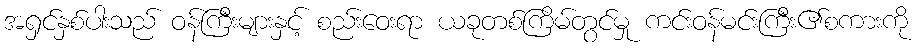
အရှင်နှစ်ပါးသည် ဝန်ကြီးများနှင့် စည်းဝေးရာ ယခုတစ်ကြိမ်တွင်မှု ကင်းဝန်မင်းကြီး၏စကားကို